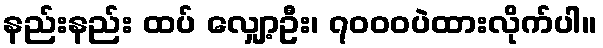
နည်းနည်း ထပ် လျှော့ဦး၊ ၇၀၀၀ပဲထားလိုက်ပါ။